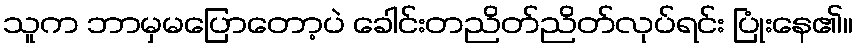
သူက ဘာမှမပြောတော့ပဲ ခေါင်းတညိတ်ညိတ်လုပ်ရင်း ပြုံးနေ၏။